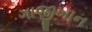
ગાજીખાન